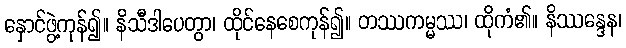
နှောင်ဖွဲ့ကုန်၍။ နိသီဒါပေတွာ၊ ထိုင်နေစေကုန်၍။ တဿကမ္မဿ၊ ထိုကံ၏။ နိဿန္ဒေန၊